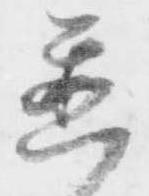
置